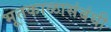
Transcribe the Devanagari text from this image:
भूतकाळासंबंधी